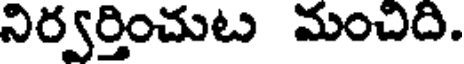
నిర్వర్తించుట మంచిది.